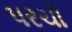
પરચો